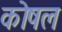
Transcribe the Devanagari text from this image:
कोषल